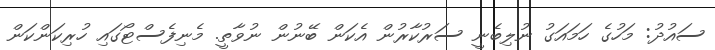
ސައުދު: މަހުގެ ހަމައަގު ނުލިބެނީ ސަރުކާރުން އެކަން ބޭނުން ނުވާތީ. މެނިފެސްޓޯގައި ހުރިކަންކަން